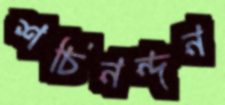
শচিনন্দন